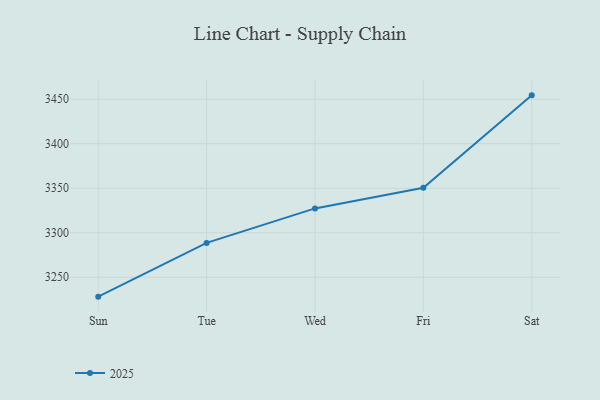
{"axis": {"x": "Day", "y": "Waste Production (Tons)"}, "legend": ["2025"], "data": [{"x": "Sun", "y": 3228.2, "type": "2025"}, {"x": "Tue", "y": 3288.6, "type": "2025"}, {"x": "Wed", "y": 3327.3, "type": "2025"}, {"x": "Fri", "y": 3350.5, "type": "2025"}, {"x": "Sat", "y": 3454.3, "type": "2025"}]}